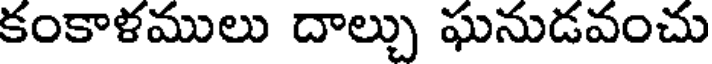
కంకాళములు దాల్చు ఘనుడవంచు